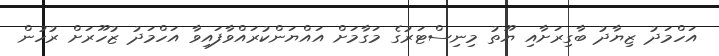
އަހްމަދު ޒިޔާދު ބާގިރަށާއި ޔޫތު މިނިސްޓަރުގެ މަގާމަށް އައްޔަންކުރައްވާފައިވާ އަހްމަދު ޒުހޫރަށް ރުހުން